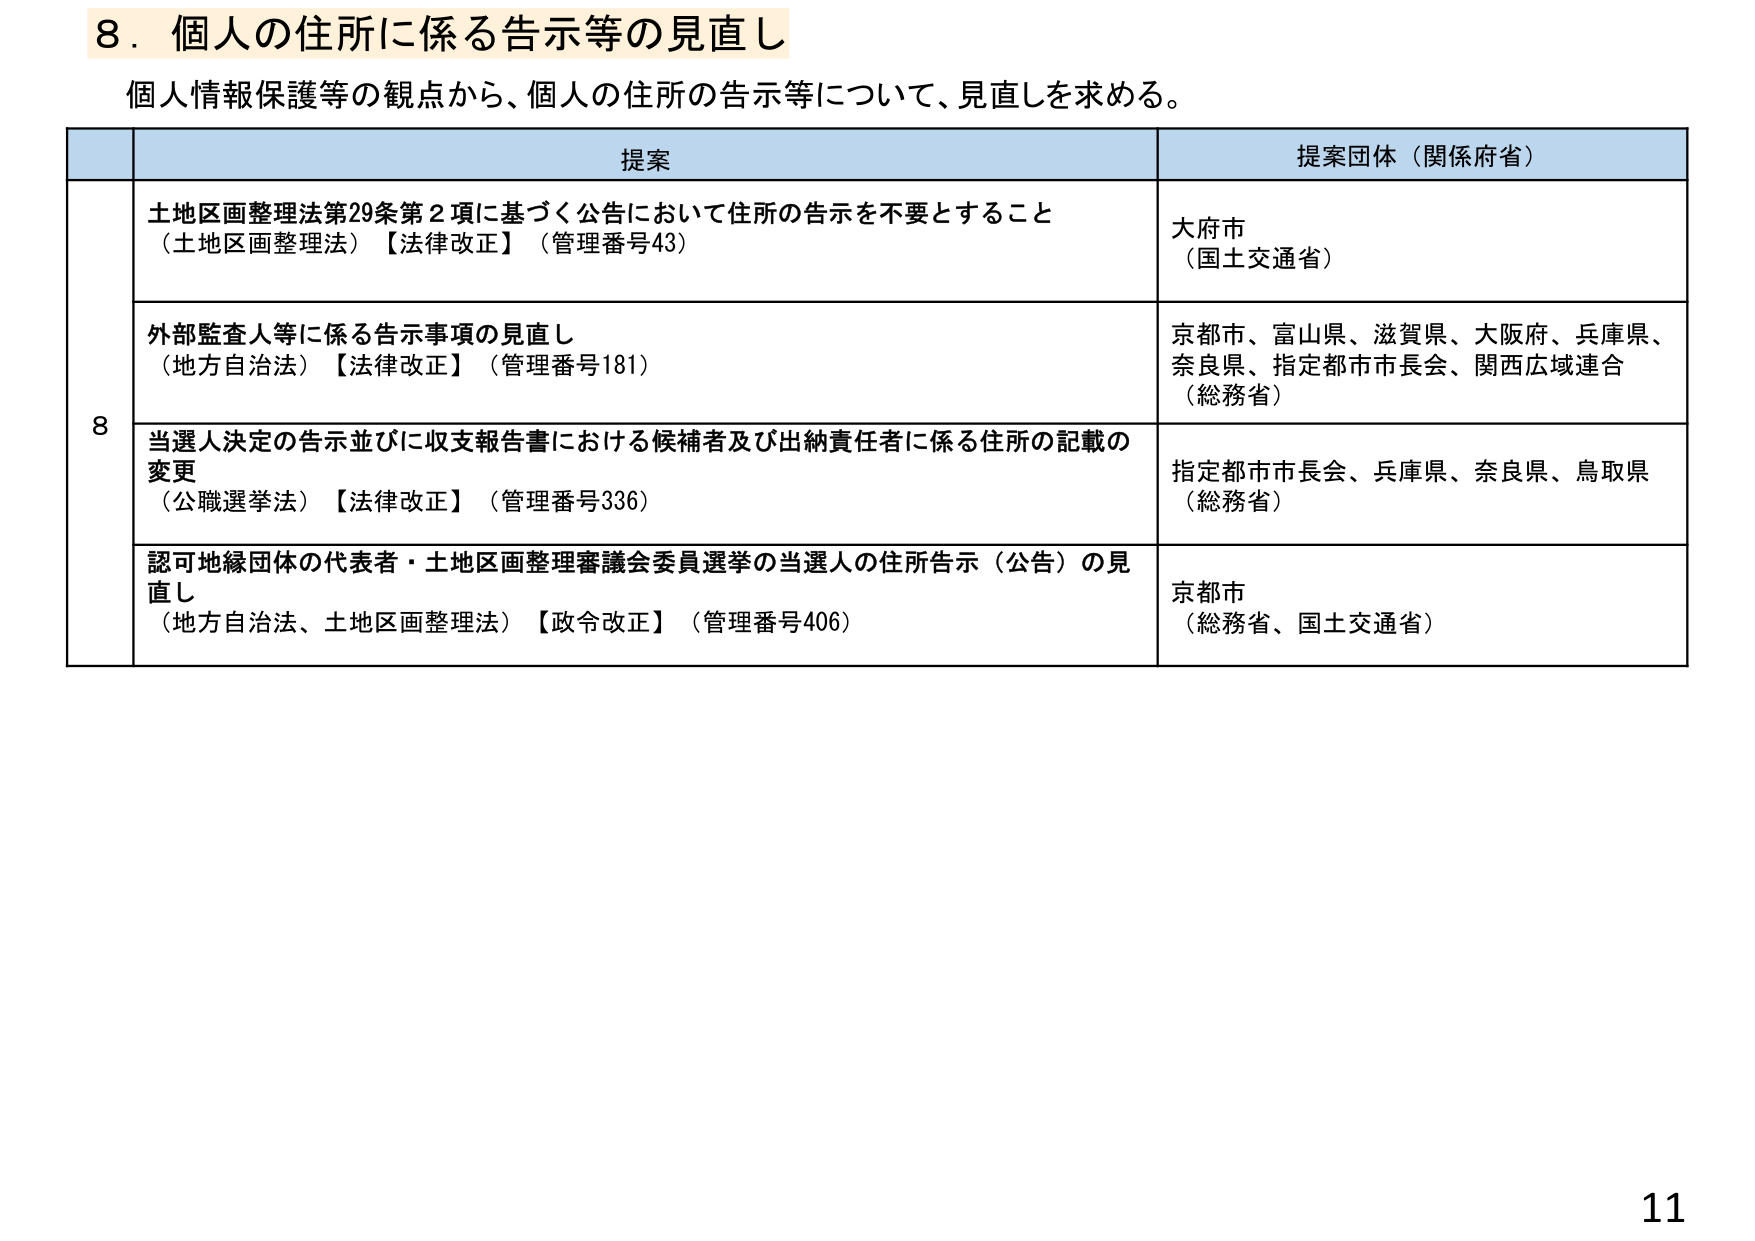
8．個人の住所に係る告示等の見直し
個人情報保護等の観点から、個人の住所の告示等について、見直しを求める。

提案
提案団体（関係府省）

8
土地区画整理法第29条第2項に基づく公告において住所の告示を不要とすること
（土地区画整理法）【法律改正】（管理番号43）
大府市
（国土交通省）

外部監査人等に係る告示事項の見直し
（地方自治法）【法律改正】（管理番号181）
京都市、富山県、滋賀県、大阪府、兵庫県、
奈良県、指定都市市長会、関西広域連合
（総務省）

当選人決定の告示並びに収支報告書における候補者及び出納責任者に係る住所の記載の変更
（公職選挙法）【法律改正】（管理番号336）
指定都市市長会、兵庫県、奈良県、鳥取県
（総務省）

認可地縁団体の代表者・土地区画整理審議会委員選挙の当選人の住所告示（公告）の見直し
（地方自治法、土地区画整理法）【政令改正】（管理番号406）
京都市
（総務省、国土交通省）

11